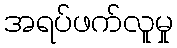
အရပ်ဖက်လူမှု